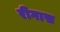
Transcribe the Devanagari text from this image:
रीगास